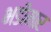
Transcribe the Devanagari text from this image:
भडीमार